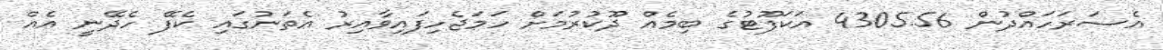
އެސަރަހައްދުން 4305.56 އަކަފޫޓުގެ ބިމެއް ދޫކުރުމަށް ހަމަޖެހިފައިވާއިރު އެތަނުގައި ކެފޭ ހެދޭނީ އެއް